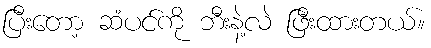
ပြီးတော့ ဆံပင်ကို ဘီးနဲ့လဲ ဖြီးထားတယ်။